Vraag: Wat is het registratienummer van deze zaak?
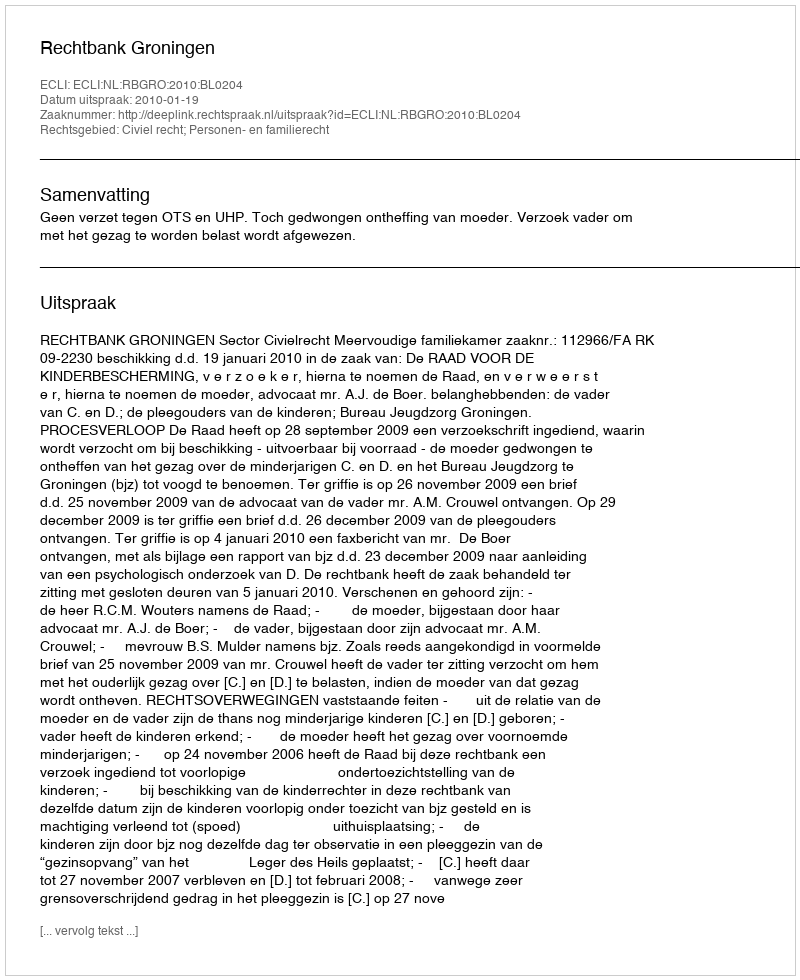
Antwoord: http://deeplink.rechtspraak.nl/uitspraak?id=ECLI:NL:RBGRO:2010:BL0204